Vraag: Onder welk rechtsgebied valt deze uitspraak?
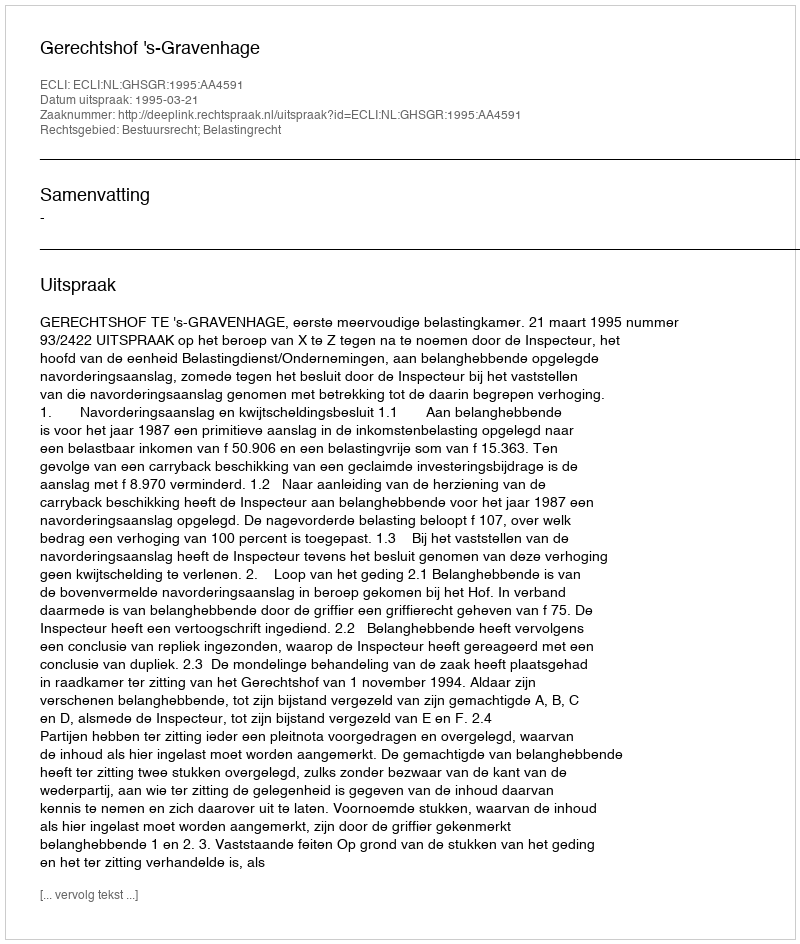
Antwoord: Bestuursrecht; Belastingrecht